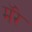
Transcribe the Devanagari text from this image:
मॅरे